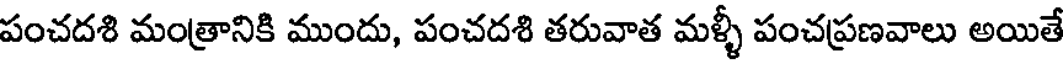
పంచదశి మంత్రానికి ముందు, పంచదశి తరువాత మళ్ళీ పంచప్రణవాలు అయితే